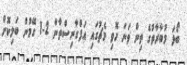
ބޯޅަ މުބާރާތުގެ ތިން ވަނަ ހޮވި މެޗުގައި އަފްގާނިސްތާން 2-1 ގޭމުން ބަލިކޮށް